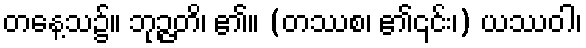
တနေ့သ၌။ ဘုဉ္ဇတိ၊ ၏။ (တဿစ၊ ၏၎င်း၊) ယဿဝါ၊